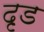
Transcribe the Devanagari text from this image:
दृड